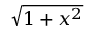
\sqrt { 1 + x ^ { 2 } }